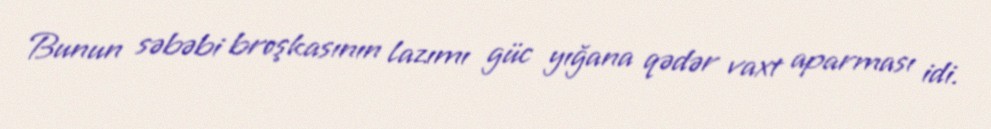
Bunun səbəbi broşkasının lazımı güc yığana qədər vaxt aparması idi.